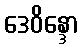
ဒေဝိန္ဒော